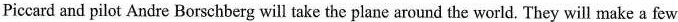
Piccard and pilot Andre Borschberg will take the plane around the world. They will make a few